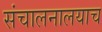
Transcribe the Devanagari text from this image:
संचालनालयाच